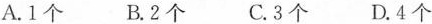
A.1个 B.2个 C.3个 D.4个